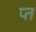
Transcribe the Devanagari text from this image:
प्त